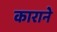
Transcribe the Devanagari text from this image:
काराने